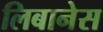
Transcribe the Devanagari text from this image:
लिबानेस